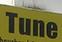
tune